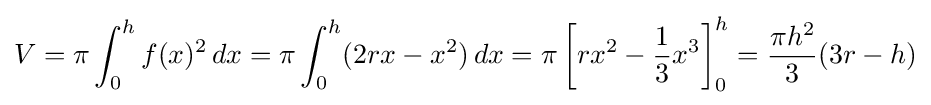
V=\pi \int _{0}^{h}f(x)^{2}\,dx=\pi \int _{0}^{h}(2rx-x^{2})\,dx=\pi \left[rx^{2}-{\frac {1}{3}}x^{3}\right]_{0}^{h}={\frac {\pi h^{2}}{3}}(3r-h)